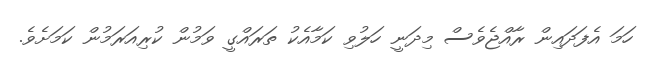
ހަމަ އެފަދައިން ރާއްޖެވެސް މިދަނީ ހަލުވި ކަމާއެކު ތަރައްގީ ވަމުން ކުރިއަރަމުން ކަމަށެވެ.